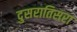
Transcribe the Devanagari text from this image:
दुसरातिसरा